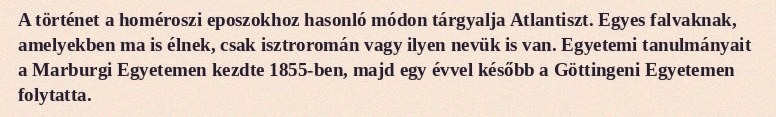
A történet a homéroszi eposzokhoz hasonló módon tárgyalja Atlantiszt. Egyes falvaknak, amelyekben ma is élnek, csak isztroromán vagy ilyen nevük is van. Egyetemi tanulmányait a Marburgi Egyetemen kezdte 1855-ben, majd egy évvel később a Göttingeni Egyetemen folytatta.